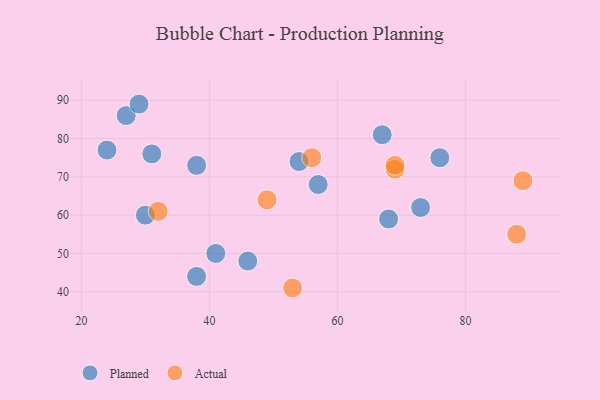
{"axis": {"x": "GDP", "y": "Life Expectancy"}, "legend": ["Actual", "Planned"], "data": [{"x": "67", "y": 81, "type": "Planned"}, {"x": "38", "y": 44, "type": "Planned"}, {"x": "57", "y": 68, "type": "Planned"}, {"x": "54", "y": 74, "type": "Planned"}, {"x": "24", "y": 77, "type": "Planned"}, {"x": "31", "y": 76, "type": "Planned"}, {"x": "68", "y": 59, "type": "Planned"}, {"x": "41", "y": 50, "type": "Planned"}, {"x": "30", "y": 60, "type": "Planned"}, {"x": "27", "y": 86, "type": "Planned"}, {"x": "76", "y": 75, "type": "Planned"}, {"x": "38", "y": 73, "type": "Planned"}, {"x": "29", "y": 89, "type": "Planned"}, {"x": "46", "y": 48, "type": "Planned"}, {"x": "73", "y": 62, "type": "Planned"}, {"x": "89", "y": 69, "type": "Actual"}, {"x": "69", "y": 72, "type": "Actual"}, {"x": "53", "y": 41, "type": "Actual"}, {"x": "32", "y": 61, "type": "Actual"}, {"x": "69", "y": 73, "type": "Actual"}, {"x": "56", "y": 75, "type": "Actual"}, {"x": "88", "y": 55, "type": "Actual"}, {"x": "49", "y": 64, "type": "Actual"}]}